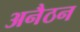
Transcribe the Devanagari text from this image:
अनैठन